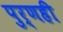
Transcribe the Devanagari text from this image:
पुर्णही